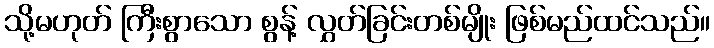
သို့မဟုတ် ကြီးစွာသော စွန့် လွှတ်ခြင်းတစ်မျိုး ဖြစ်မည်ထင်သည်။